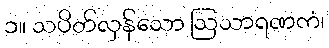
၁။ သပိတ်လှန်သော ဩသာရဏကံ၊